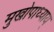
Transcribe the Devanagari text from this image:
मुखोपाध्याय्